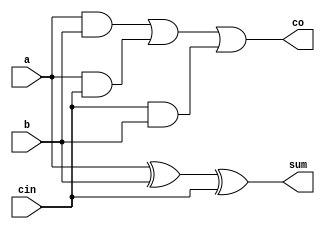
module full_adder(a,b,cin,sum,co);

input a,b,cin;
output sum,co;

assign sum=a^b^cin;
assign co=(a&b)|(a&cin)|(cin&b);

endmodule